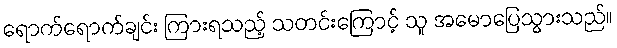
ရောက်ရောက်ချင်း ကြားရသည့် သတင်းကြောင့် သူ အမောပြေသွားသည်။